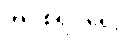
အပစ်ရပ်ရေး